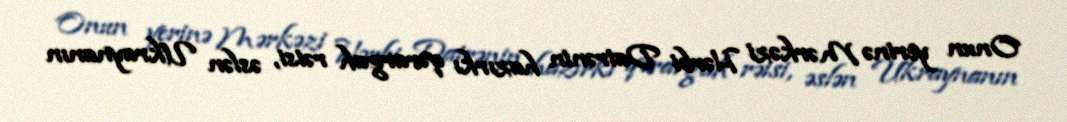
Onun yerinə Mərkəzi Hərbi Dairənin hazırkı qərargah rəisi, əslən Ukraynanın